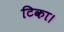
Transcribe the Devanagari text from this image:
टिका।